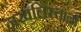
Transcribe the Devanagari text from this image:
नखलिस्तानों